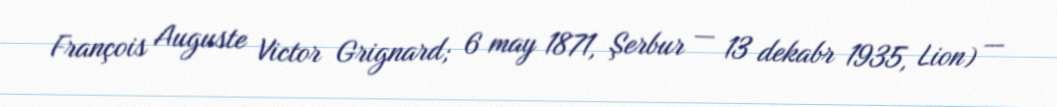
François Auguste Victor Grignard; 6 may 1871, Şerbur — 13 dekabr 1935, Lion) —